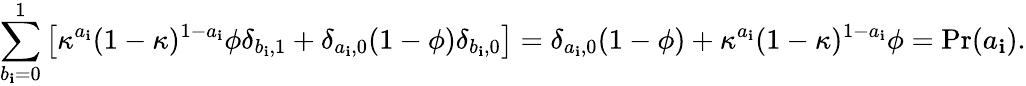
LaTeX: \sum_{b_{\mathbf{i}}=0}^{1}\left[\kappa^{a_{\mathbf{i}}}(1-\kappa)^{1-a_{\mathbf{i}}}\phi\delta_{b_{\mathbf{i}},1}+\delta_{a_{\mathbf{i}},0}(1-\phi)\delta_{b_{\mathbf{i}},0}\right]=\delta_{a_{\mathbf{i}},0}(1-\phi)+\kappa^{a_{\mathbf{i}}}(1-\kappa)^{1-a_{\mathbf{i}}}\phi=\mathrm{{Pr}}(a_{\mathbf{i}}).